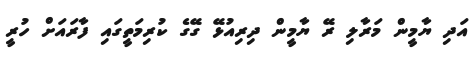
އަދި ޔާމީން މަރާލި ރޭ ޔާމީން ދިރިއުޅޭ ގޭގެ ކުރިމަތީގައި ފާރައަށް ހުރީ